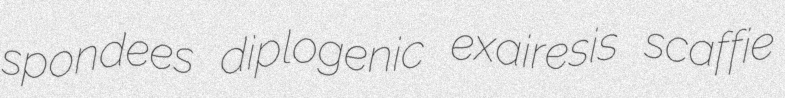
spondees diplogenic exairesis scaffie